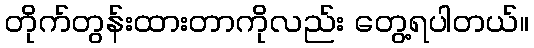
တိုက်တွန်းထားတာကိုလည်း တွေ့ရပါတယ်။